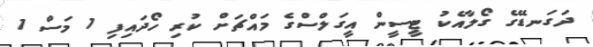
ދަގަނޑޭގެ ގޯލާއެކު ޓީސީން އީގަލްސްގެ މައްޗަށް ކުރި ހޯދައިފި 1 މަސް 1